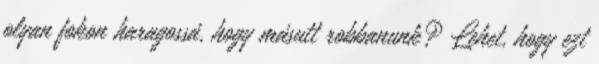
olyan fokon haragossá, hogy másutt robbanunk? Lehet, hogy ezt